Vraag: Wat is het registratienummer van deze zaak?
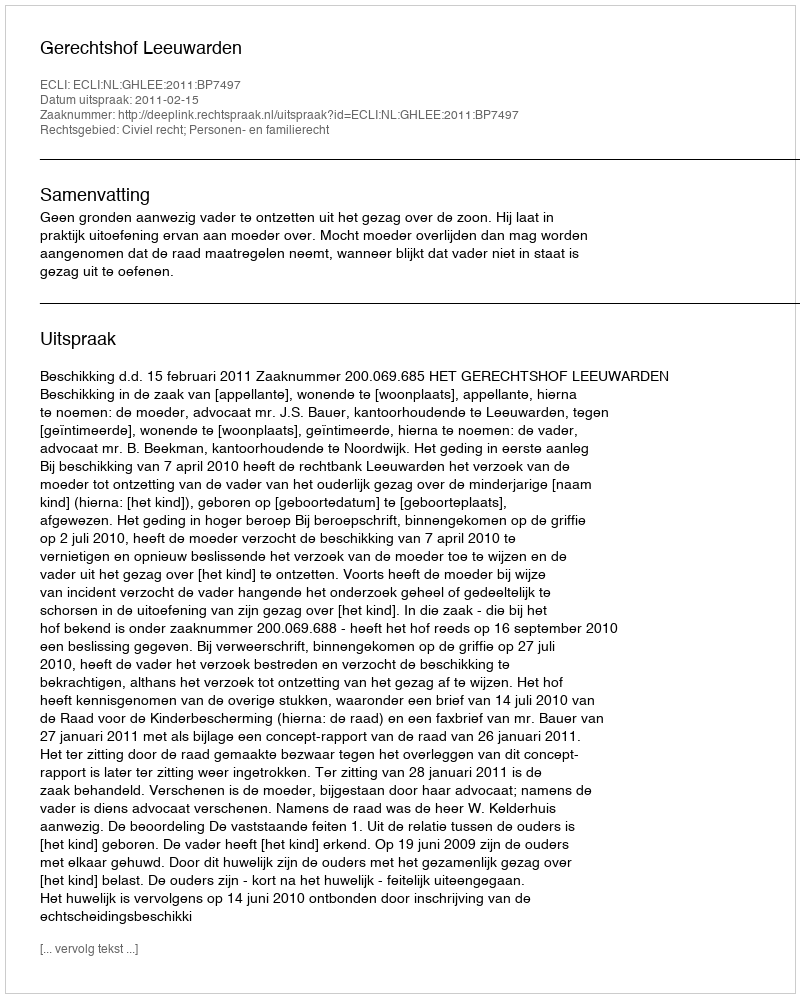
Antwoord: http://deeplink.rechtspraak.nl/uitspraak?id=ECLI:NL:GHLEE:2011:BP7497